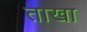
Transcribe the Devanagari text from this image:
ताखा